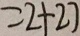
= 2 + 2 7